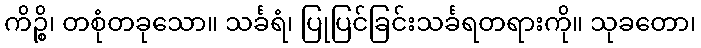
ကိဉ္စိ၊ တစုံတခုသော။ သင်္ခရံ၊ ပြုပြင်ခြင်းသင်္ခရတရားကို။ သုခတော၊